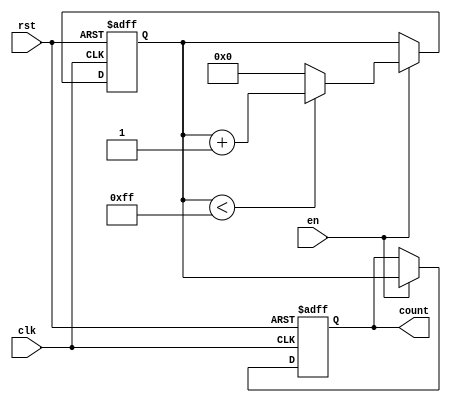
module MemoryBlocksBinaryCounter #(
    parameter WIDTH = 8,          // Width of the counter
    parameter INIT_VAL = 0,       // Initial value of the counter
    parameter MAX_VAL = 255        // Maximum value of the counter
)(
    input wire clk,               // Clock signal
    input wire rst,               // Asynchronous reset signal
    input wire en,                // Enable signal
    output reg [WIDTH-1:0] count  // Current count value
);

    // Internal register to hold the current count value
    reg [WIDTH-1:0] count_reg;

    // Memory block to store the current count
    reg [WIDTH-1:0] memory_block;

    always @(posedge clk or posedge rst) begin
        if (rst) begin
            // Reset the counter to the initial value
            count_reg <= INIT_VAL;
            memory_block <= INIT_VAL; // Store initial value in memory block
        end else if (en) begin
            // Increment the counter if enabled
            if (count_reg < MAX_VAL) begin
                count_reg <= count_reg + 1;
            end else begin
                count_reg <= INIT_VAL; // Wrap around to initial value
            end
            memory_block <= count_reg; // Update memory block with current count
        end
    end

    // Assign the current count value to the output
    always @(*) begin
        count = memory_block; // Output the value stored in memory block
    end

endmodule